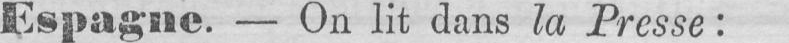
Espagne. - On lit dans la Presse: